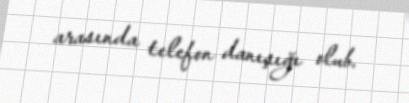
arasında telefon danışığı olub.